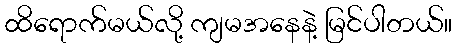
ထိရောက်မယ်လို့ ကျမအနေနဲ့ မြင်ပါတယ်။